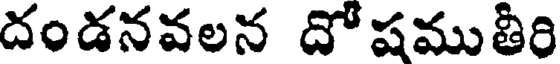
దండనవలన దో షముతీరి